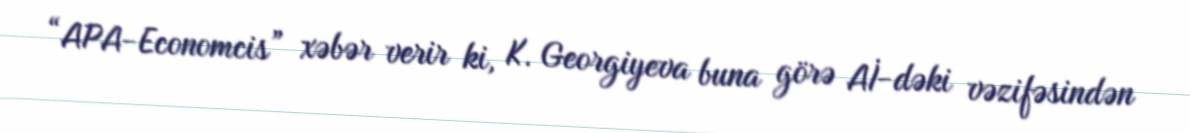
“APA-Economcis” xəbər verir ki, K. Georgiyeva buna görə Aİ-dəki vəzifəsindən